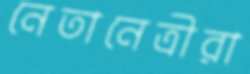
নেতানেত্রীরা